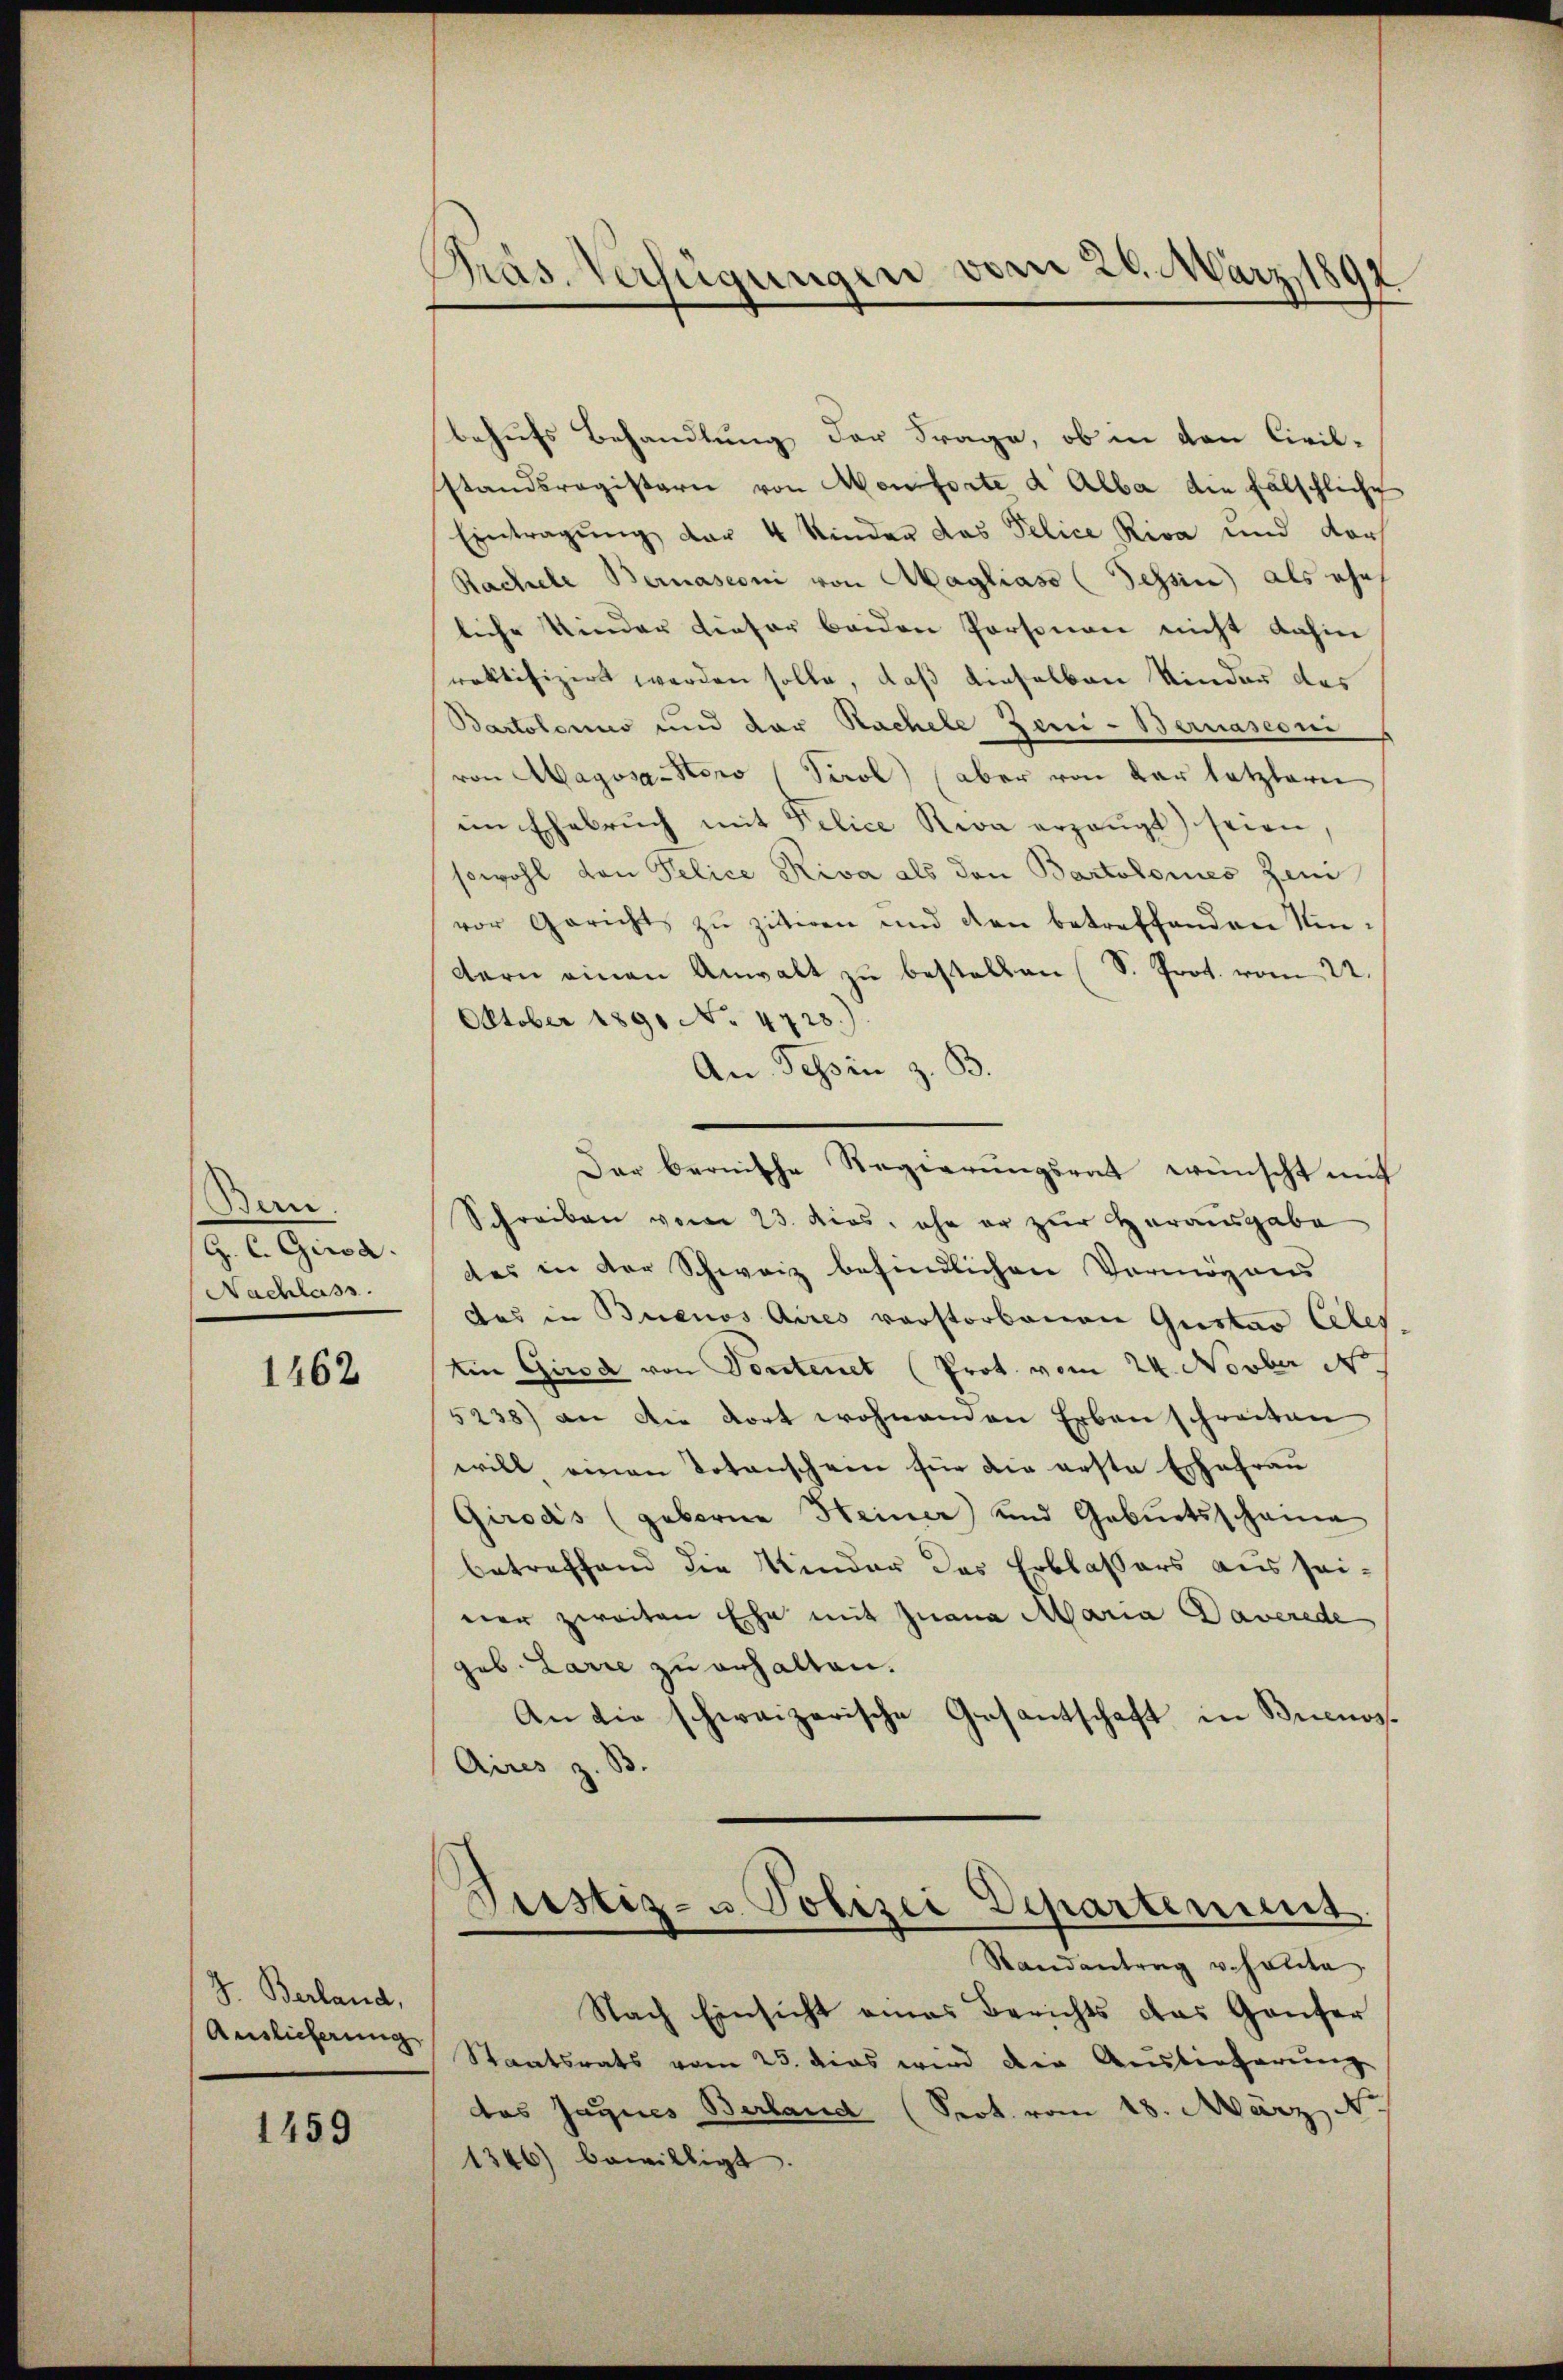
Bern.
G. C. Gira
Nachlass.

1462

J. Berland,
Auslieferung

1459

Präs. Verfügungen vom 28. März 1892

behufs Behandlung der Frage, ob in den Civil-
standsregistern von Monforte d. Alba die fälschliche
Eintragŭng der 4 Kinder das Pelice Riva und doch
Rachele Bernasconi von Maglias (Tessin als ehes
liche Kinder dieser beiden Personen nicht dahin
raktifizirt werden solle, daß denselben Kinder das
Bartolonis und der Rachele Zeni- Bernasconi
von Magosa-Stero Tirol (aber von der letztern
im Ehebruch mit Pelice Swa erzeugt seien
sowohl von Pelice Riva als den Bartolomes Zeni
vor Gericht zŭ zitiren und den betreffenden Kindern einen Anwalt zŭ bestellen (S. Prot. vom 22.
October 1891 No 4723.)
An Tessin z. B.
Der bernische Regierungsrat wünscht mit
Schreiben vom 23. dies, ehe er zur Herausgabe
des in der Schweiz befindlichen Vermögens
das in Buenos Aires verstorbenen Gustav Ales-
Ain Girod von Sontenet (Prot. vom 24. Novber d
5238) an die dort wohnenden Erben schreiten
will einen Votanschein für die erste Ehefrau
Girods (geborne Heiner und Geburtsscheine
betreffend die Kinder das Erblassers aus sei-
ner zweiten Ehe mit Juana Maria Daverede,
geb. Larie zu erhalten.
An die schweizerische Gesantschaft in Buenos¬
Aires z. B.

Staatsrats vom 25. dies wird die Auslieferung
das Jaques Berland (Prot. vom 18. März N.
1346) bewilligt.

Trestiz- u. Polizei Departement
Randantrag veholte
Nach Einsicht eines Berichts das Ganter